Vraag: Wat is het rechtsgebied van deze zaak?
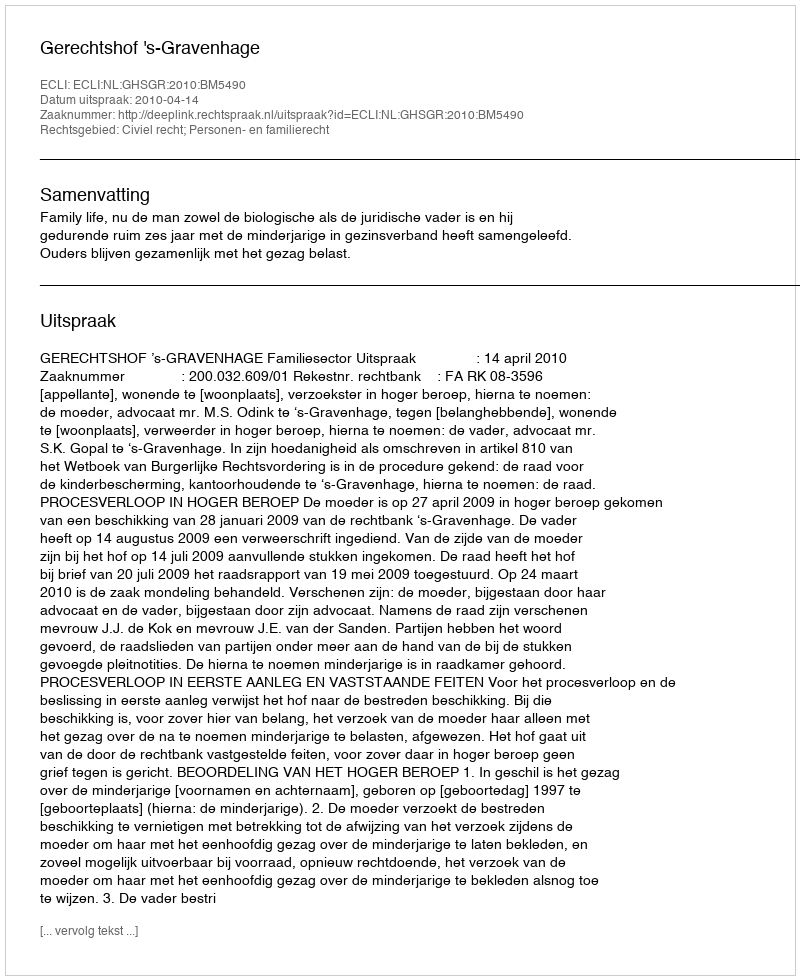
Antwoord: Civiel recht; Personen- en familierecht